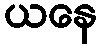
ယနေ